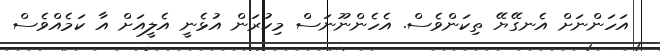
އަހަންނަށް އެނގޭޔޭ ތިކަންވެސް. އެހެންނޫނަސް މިކުރަން އުޅެނީ އެލީއަށް އާ ކަމެއްވެސް